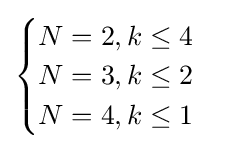
{\begin{cases}N=2,k\leq 4\\N=3,k\leq 2\\N=4,k\leq 1\end{cases}}